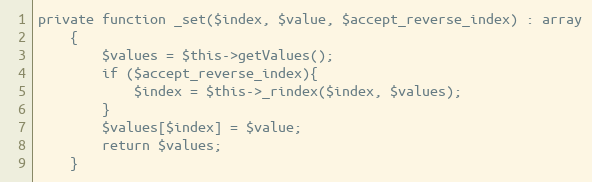
Language: PHP
private function _set($index, $value, $accept_reverse_index) : array
    {
        $values = $this->getValues();
        if ($accept_reverse_index){
            $index = $this->_rindex($index, $values);
        }
        $values[$index] = $value;
        return $values;
    }